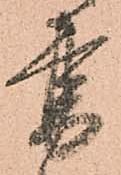
書